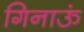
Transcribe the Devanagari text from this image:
गिनाऊं